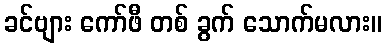
ခင်ဗျား ကော်ဖီ တစ် ခွက် သောက်မလား။